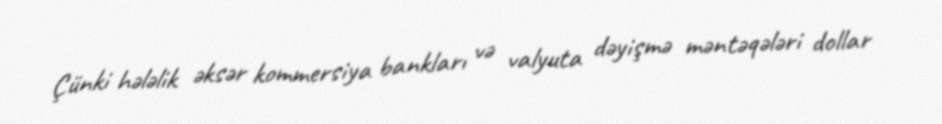
Çünki hələlik əksər kommersiya bankları və valyuta dəyişmə məntəqələri dollar